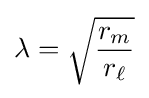
\lambda ={\sqrt {\frac {r_{m}}{r_{\ell }}}}